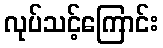
လုပ်သင့်ကြောင်း